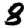
Digit: 8